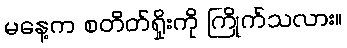
မနေ့က စတိတ်ရှိုးကို ကြိုက်သလား။